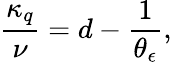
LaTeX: \frac{\kappa_{q}}{\nu}=d-\frac{1}{\theta_{\epsilon}},